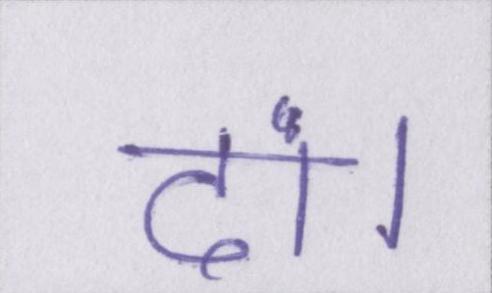
दां।